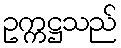
ဥက္ကဋ္ဌသည်